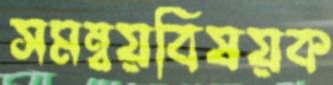
সমন্বয়বিষয়ক